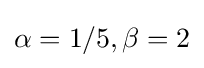
\alpha =1/5,\beta =2